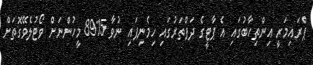
ޕްރައިމަރީ އިންތިހާބުގައި އެ ޕާޓީގެ ދަފްތަރުގައި ހިމެނިފައި ނުވާ 8915 މީހުންނަށް ވޯޓުލެވޭގޮތަށް